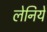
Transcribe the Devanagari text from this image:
लेनिये